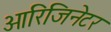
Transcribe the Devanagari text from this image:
ओरिजिनेटर